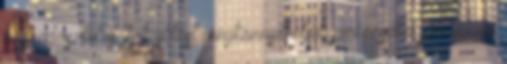
bőrragasztót is. A hajlítást megkönnyíthetjük pici ecsettel pici vízzel